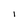
Character: l